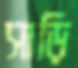
সাড়ি